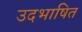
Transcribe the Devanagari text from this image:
उदभाषित